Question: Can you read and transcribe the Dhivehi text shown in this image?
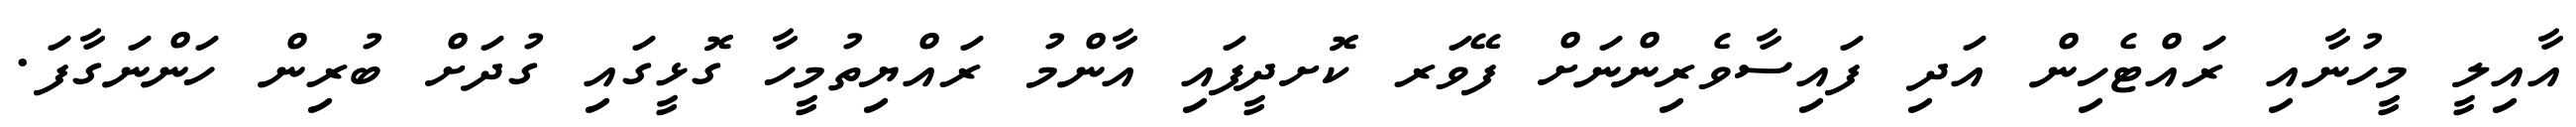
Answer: އާއިލީ މީހުނާއި ރައްޓެހިން އަދި ފައިސާވެރިންނަށް ފޭވަރ ކޮށދީފައި އާންމު ރައްޔިތުމީހާ ގޮޅީގައި ގުދަށް ބުރިން ހަންނަގާފަ.